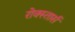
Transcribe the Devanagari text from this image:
रोक्स्तार्स